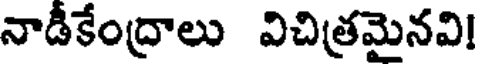
నాడీకేంద్రాలు విచిత్రమైనవి!